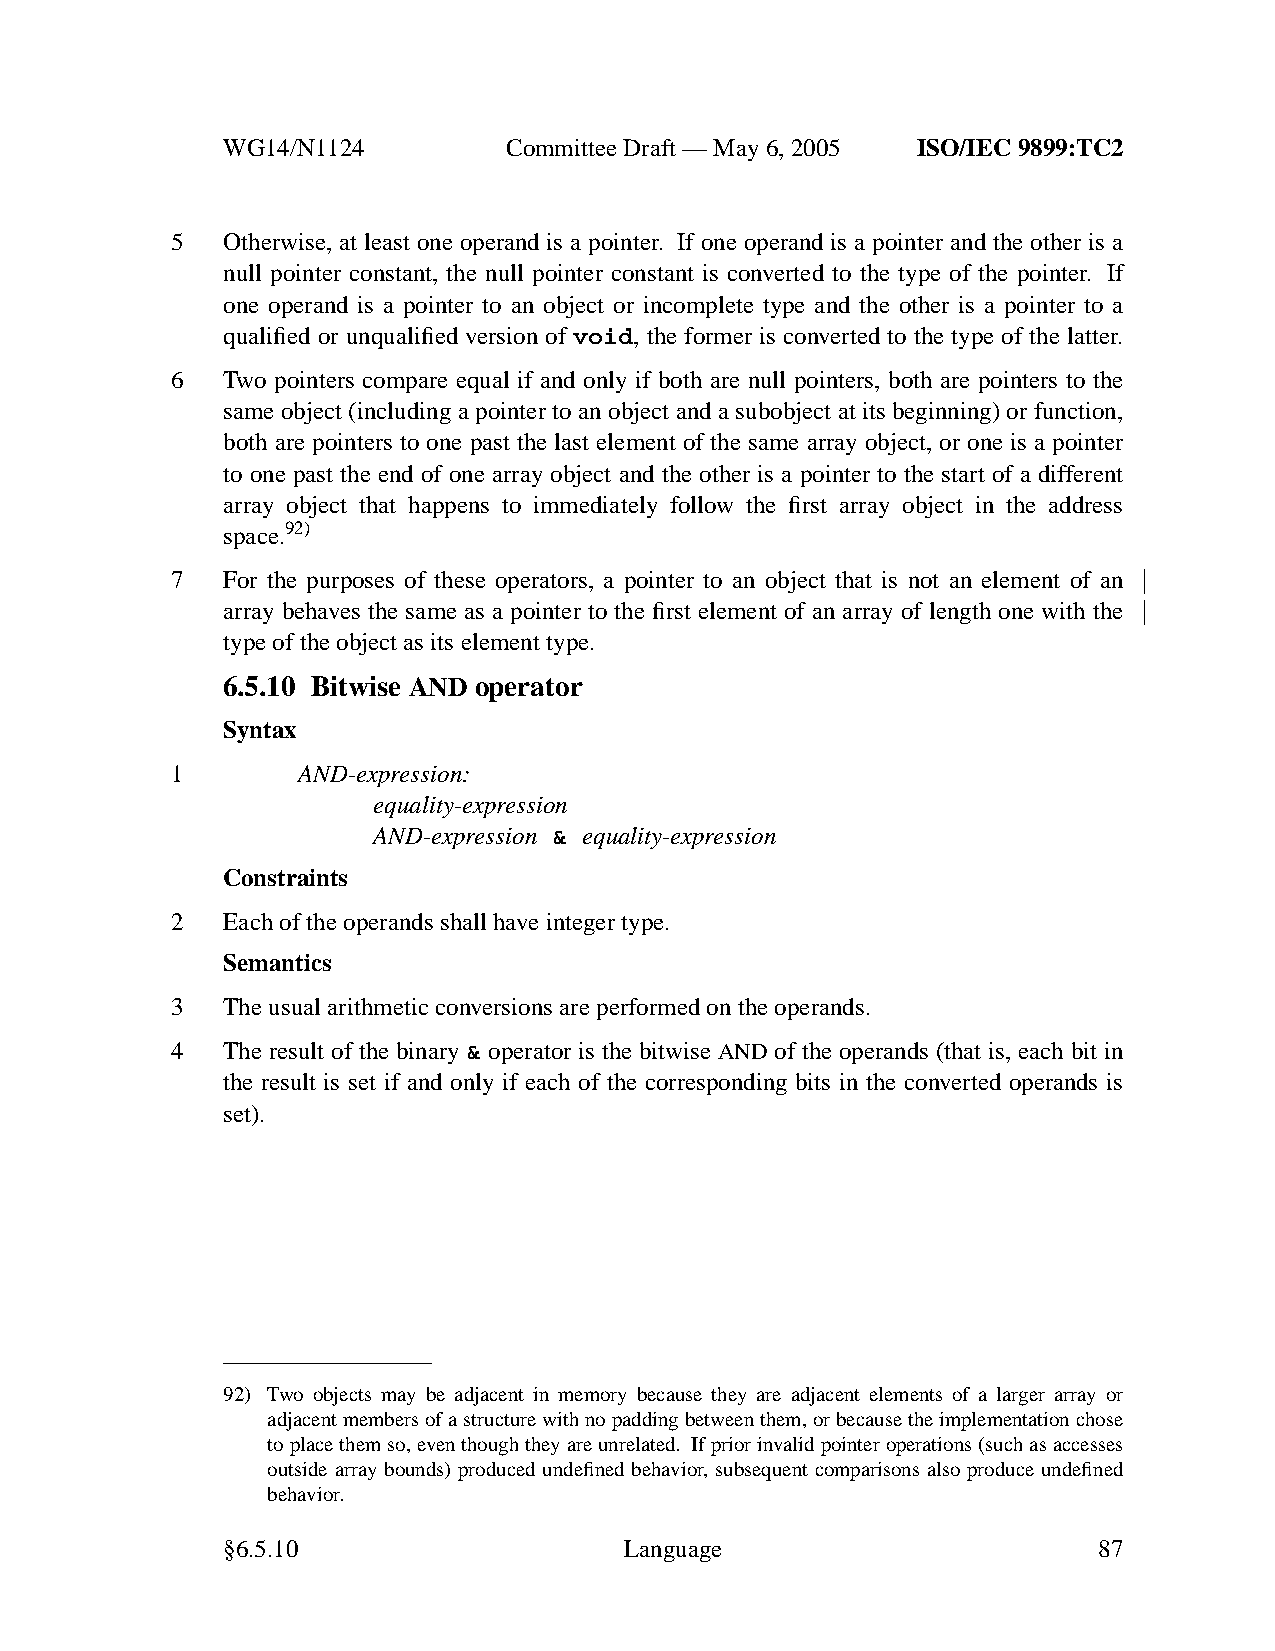
WG14/N1124        CommitteeDraft — May 6, 2005 ISO/IEC 9899:TC2
 5   Otherwise, at least one operand is a pointer. If one operand is a pointer and the other is a
 null pointer constant, the null pointer constant is converted to the type of the pointer. If
 one operand is a pointer to an object or incomplete type and the other is a pointer to a
 qualified or unqualified version of void, the former is converted to the type of the latter.
 6   Tw o pointers compare equal if and only if both are null pointers, both are pointers to the
 same object (including a pointer to an object and a subobject at its beginning) or function,
 both are pointers to one past the last element of the same array object, or one is a pointer
 to one past the end of one array object and the other is a pointer to the start of a different
 array object that happens to immediately follow the first array object in the address
 space.92)
 7   For the purposes of these operators, a pointer to an object that is not an element of an
 array behaves the same as a pointer to the first element of an array of length one with the
 type of the object as its element type.
 6.5.10 Bitwise AND operator
 Syntax
 1        AND-expression:
 equality-expression
 AND-expression & equality-expression
 Constraints
 2   Each of the operands shall have integer type.
 Semantics
 3   The usual arithmetic conversions are performed on the operands.
 4   The result of the binary & operator is the bitwise AND of the operands (that is, each bit in
 the result is set if and only if each of the corresponding bits in the converted operands is
 set).
 92) Tw o objects may be adjacent in memory because they are adjacent elements of a larger array or
 adjacent members of a structure with no padding between them, or because the implementation chose
 to place them so, eventhough theyare unrelated. If prior invalid pointer operations (such as accesses
 outside array bounds) produced undefined behavior, subsequent comparisons also produce undefined
 behavior.
 §6.5.10                   Language                        87